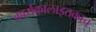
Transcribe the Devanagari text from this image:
कार्यकालाइतकाच